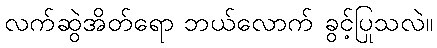
လက်ဆွဲအိတ်ရော ဘယ်လောက် ခွင့်ပြုသလဲ။